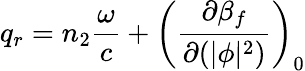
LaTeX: q_{r}=n_{2}\frac{\omega}{c}+\left(\frac{\partial\beta_{f}}{\partial(|\phi|^{2})}\right)_{0}